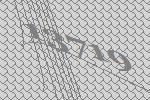
13719